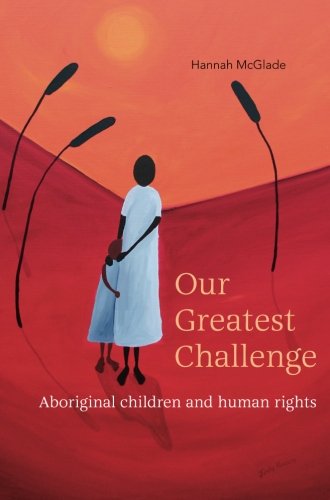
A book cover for Our Greatest Challenge: Aboriginal Children and Human Rights; Hannah McGlade; History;